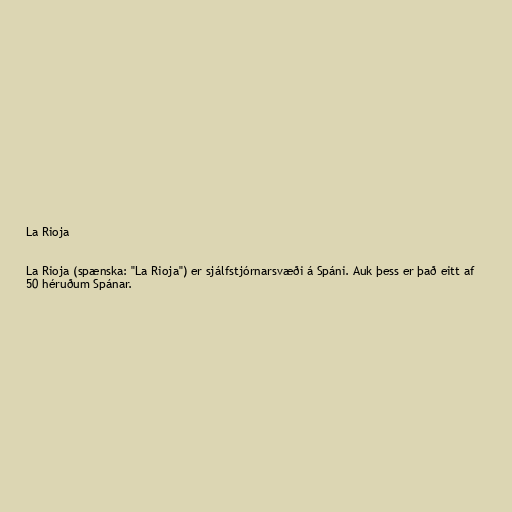
La Rioja

La Rioja (spænska: "La Rioja") er sjálfstjórnarsvæði á Spáni. Auk þess er það eitt af
50 héruðum Spánar.